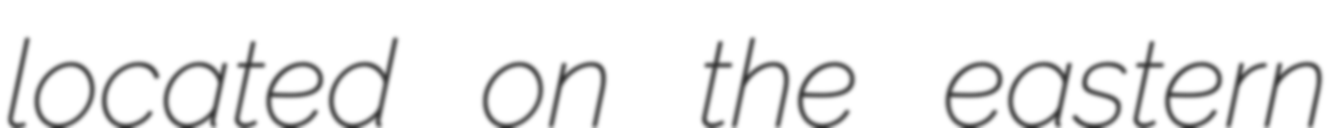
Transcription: located on the eastern